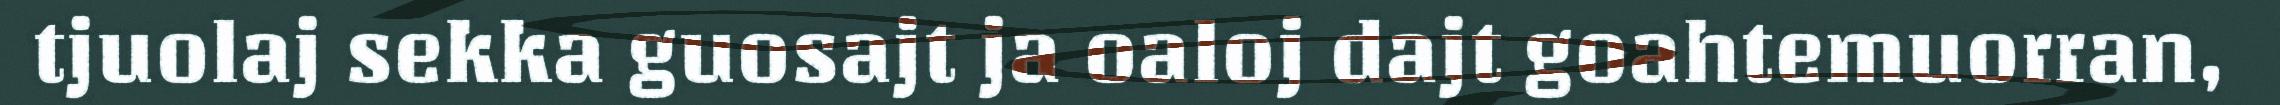
tjuolaj sekka guosajt ja oaloj dajt goahtemuorran,